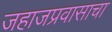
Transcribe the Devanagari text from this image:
जहाजप्रवासाचा